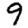
Digit: 9